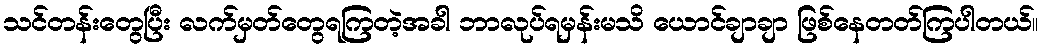
သင်တန်းတွေပြီး လက်မှတ်တွေရကြတဲ့အခါ ဘာလုပ်ရမှန်းမသိ ယောင်ချာချာ ဖြစ်နေတတ်ကြပါတယ်။